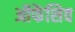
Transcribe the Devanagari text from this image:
ऑफेंसिव